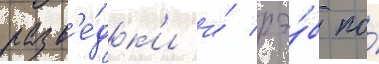
разв'е́дк'и и́ рэ́б по́